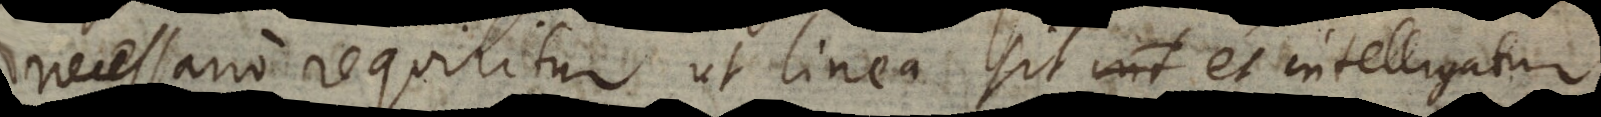
necessario requiritur ut linea sit et intelligatu